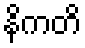
နိကတိ